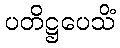
ပတိဋ္ဌပေသိံ